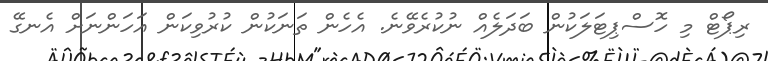
ރިޕޯޓް މި ހޮސްޕިޓަލަކުން ބަދަލެއް ނުކުރެވޭނެ. އެހެން ތަނަކުން ކުރުވިކަން އަހަންނަށް އެނގޭ